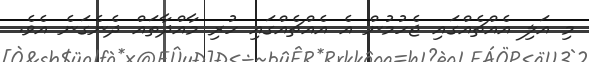
މި އަލި އެއްޗެއްގައި ޖެހުމުން އެ އެއްޗެއްގައި ހުރި މާއްދާތައް ދެނެގަނެ އެވެ.